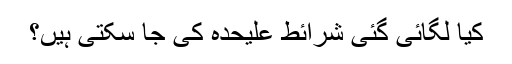
کیا لگائی گئی شرائط علیحدہ کی جا سکتی ہیں؟